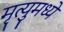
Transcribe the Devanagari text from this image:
मृत्युमध्ये